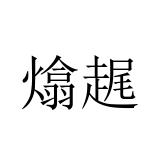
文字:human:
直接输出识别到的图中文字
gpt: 熻趘